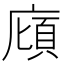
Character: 廎